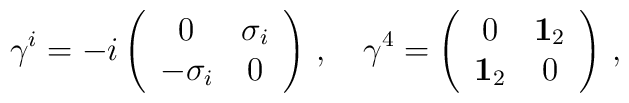
\gamma^i = -i\left(\begin{array}{cc}0&\sigma_i\\-\sigma_i&0\end{array}\right)\,,\quad  \gamma^4 =\left(\begin{array}{cc}0&{\bf 1}_2\\{\bf 1}_2&0\end{array}\right)\,,